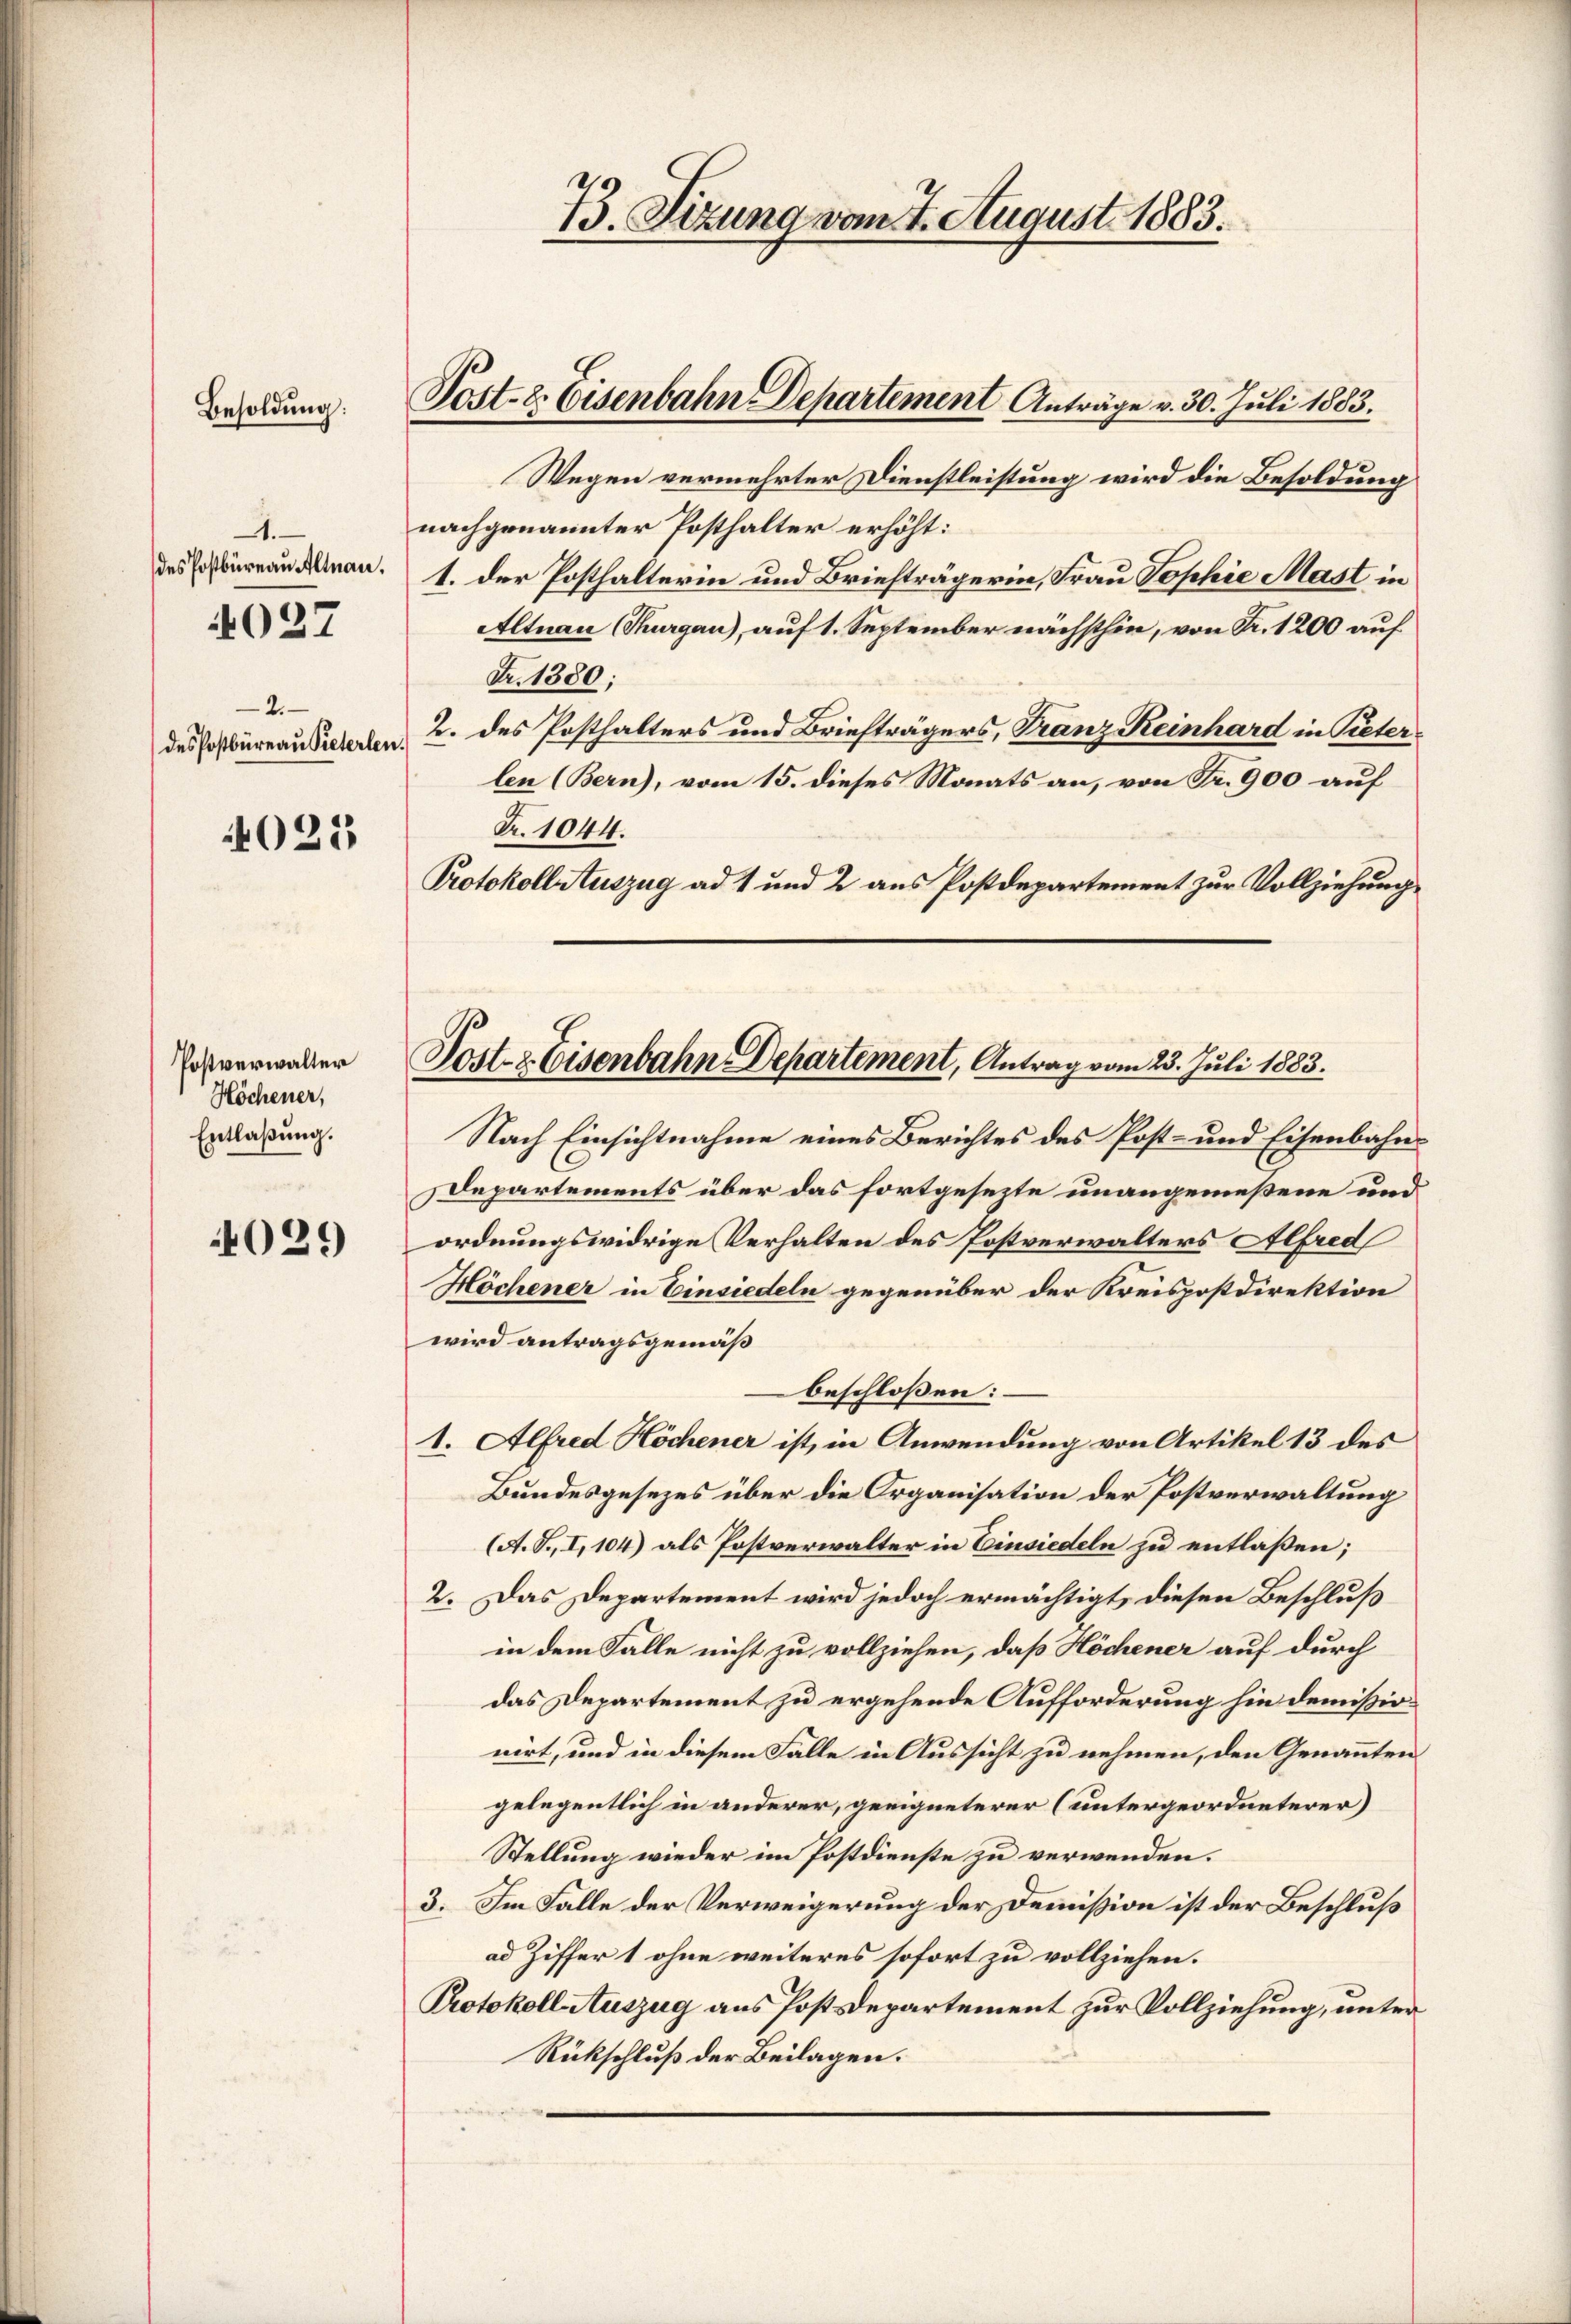
Besoldung:

.
des Postbüreau Altnau,
4027

2.
des Postbüreau Pieterlen.

4023

Postverwalter
Höchener,
Entlaßung.

029

Post- & Eisenbahn Departement Anträge v. 30. Juli 1883.

73. Sizung vom 7. August 1883.

Wegen vermehrter Dienstleistung wird die Besoldung
nachgenannter Posthalter erhöht:
1. der Posthalterin und Briefträgerin, Frau Sophie Mast in
Altnau Thurgau), auf 1. September nächsthin, von Fr. 1200 auf
Fr. 1380;
2. des Posthalters und Briefträgers, Franz Keinhard in Pieterlen (Bern), vom 15. dieses Monats an, von Fr. 900 auf
Fr. 1044.
Protokoll Auszug ad 1 und 2 aus Postdepartement zur Vollziehung

Post- & Eisenbahn-Departement, Antrag vom 23. Juli 1883.

Nach Einsichtnahme eines Berichtes des Post- und Eisenbahn¬
Departements über das fortgesezte unangemeßene und
ordnungswidrige Verhalten des Postverwalters Alfred
Höchener in Einsiedeln gegenüber der Kreispostdirektion
wird antragsgemäß
beschloßen:
1. Alfred Höchener ist, in Anwendung von Artikel 13 des
Bundesgesezes über die Organisation der Postverwaltung
(A. S., I, 104) als Postverwalter in Einsiedeln zu entlaßen;
2. Das Departement wird jedoch ermächtigt, diesen Beschluß
in dem Falle nicht zu vollziehen, daß Höchener auf durch
das Departement zu ergehende Aufforderung hin demißionirt, und in diesem Fälle in Aussicht zu nehmen, den Genannten
gelegentlich in anderer, geeigneterer (untergeordneterer
Stellung wieder im Postdienste zu verwenden.
3. Im Falle der Verweigerung der Demission ist der Beschluß
ad Ziffer 1 ohne weiteres sofort zu vollziehen.
Protokoll Auszug aus Postdepartement zur Vollziehung, unter
Rückschluß der Beilagen.